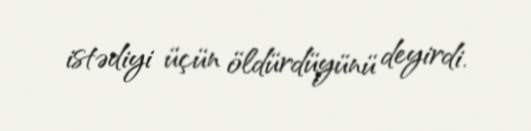
istədiyi üçün öldürdüyünü deyirdi.